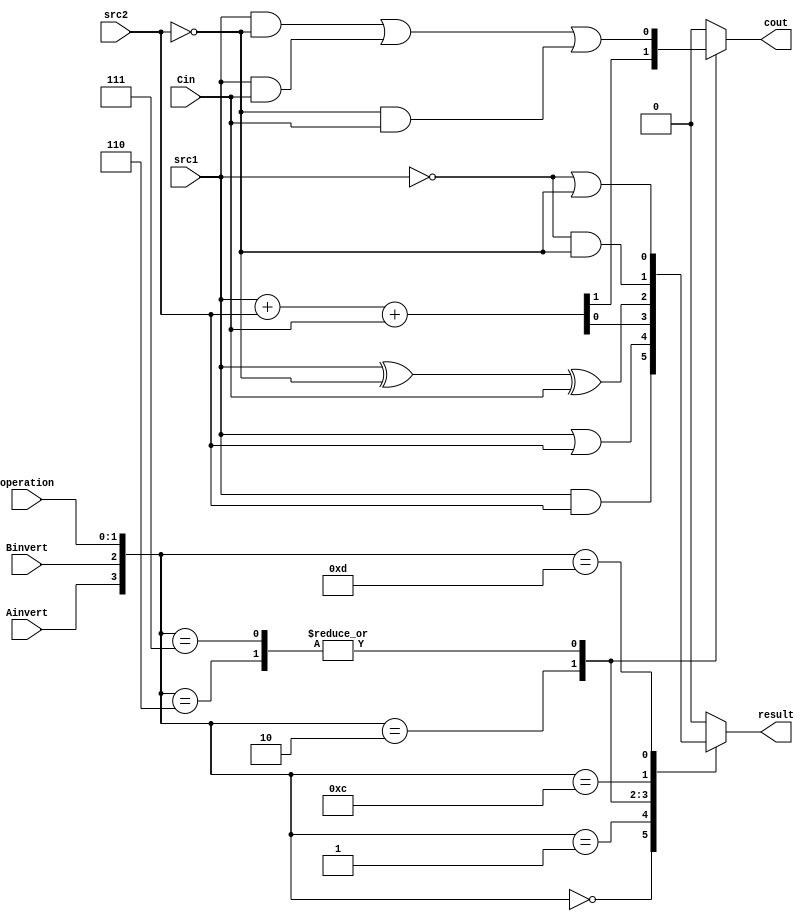
/***************************************************
Student Name: 
Student ID: 0810749
***************************************************/
`timescale 1ns/1ps

module ALU_1bit(
	input				src1,       //1 bit source 1  (input)
	input				src2,       //1 bit source 2  (input)
	input 				Ainvert,    //1 bit A_invert  (input)
	input				Binvert,    //1 bit B_invert  (input)
	input 				Cin,        //1 bit carry in  (input)
	input 	    [2-1:0] operation,  //2 bit operation (input)
	output reg          result,     //1 bit result    (output)
	output reg          cout       //1 bit carry out (output)
	);

/* Write your code HERE */
always@(*)
case ({Ainvert,Binvert,operation})
	4'b0000: 
		begin
			result <= src1 & src2;
			cout <= 1'b0;
		end
	4'b0001:
		begin
			result <= src1 | src2;
			cout <= 1'b0;
		end
	4'b0010:
		begin
			{cout,result} <= src1 + src2 + Cin;
		end
	4'b0110:
		begin
			cout <= (src1 & ~src2) | (src1 & Cin) | (~src2 & Cin);
			result <= src1 ^ ~src2 ^ Cin;
		end
	4'b0111:
		begin
			cout <= (src1 & ~src2) | (src1 & Cin) | (~src2 & Cin);
			result <= src1 ^ ~src2 ^ Cin;
		end
	4'b1100:
		begin
			result <= ~ src1 & ~src2 ;
			cout <= 1'b0;
		end
	4'b1101:
		begin
			result <= ~src1 | ~src2 ;
			cout <= 1'b0;
		end
	default:
			begin
				cout <= 1'b0; 
				result <= 1'b0;
			end
endcase
endmodule